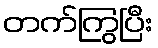
တက်ကြွပြီး